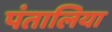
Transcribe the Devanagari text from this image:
पंतालिया